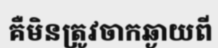
គឺមិនត្រូវចាកឆ្ងាយពី